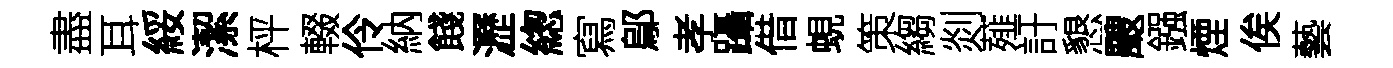
盡耳綏潔枰輟伶納餞瀝緫寫鄔孝躡借蜆策縐剡薤訏懇颼鏹煙俟藝